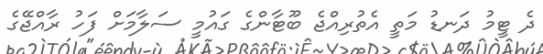
ދެ ޓީމު ދަނޑު މަތީ އެތުރިއްޖެ ބޫޓާންގެ ގައުމީ ސަލާމަށް ފަހު ރާއްޖޭގެ